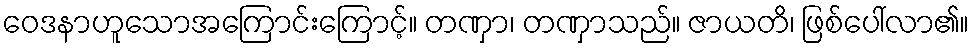
ဝေဒနာဟူသောအကြောင်းကြောင့်။ တဏှာ၊ တဏှာသည်။ ဇာယတိ၊ ဖြစ်ပေါ်လာ၏။